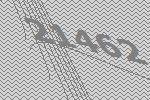
21462